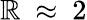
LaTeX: \mathbb{R}~\approx~2